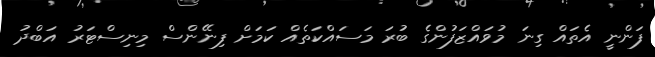
ފަންނީ އެތައް ގިނަ މުވައްޒަފުންގެ ބުރަ މަސައްކަތެއް ކަމަށް ފިނޭންސް މިނިސްޓަރު އަބްދު